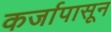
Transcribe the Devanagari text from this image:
कर्जापासून